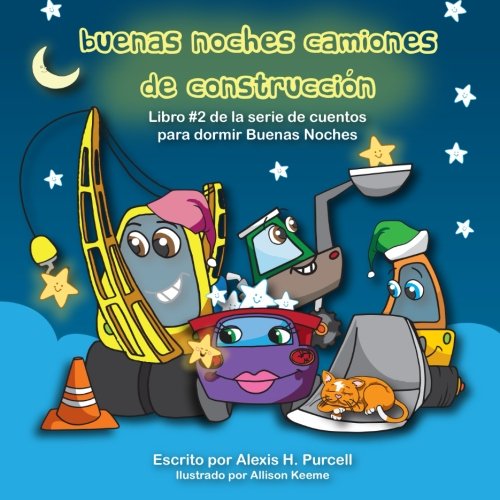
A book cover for Buenas Noches Camiones de Construccion (Spanish Edition); Alexis H. Purcell; Children's Books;